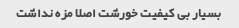
بسیار بی کیفیت خورشت اصلا مزه نداشت